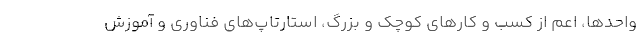
واحدها، اعم از کسب و کارهای کوچک و بزرگ، استارتاپ‌های فناوری و آموزش